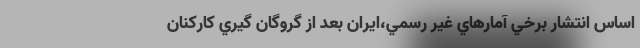
اساس انتشار برخي آمارهاي غير رسمي،ايران بعد از گروگان گيري كاركنان